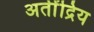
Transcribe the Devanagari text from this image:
अतीेंद्रिय